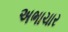
અભાચાર